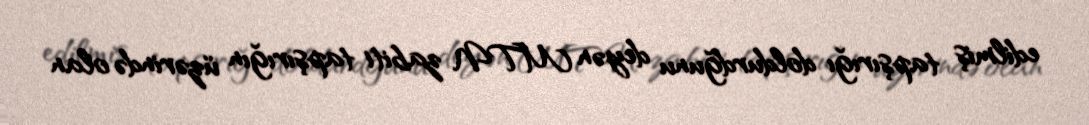
edilmiş tapşırığı doldurdğunu deyən MTN zabiti tapşırığın üzərində olan